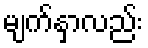
မျက်နှာလည်း